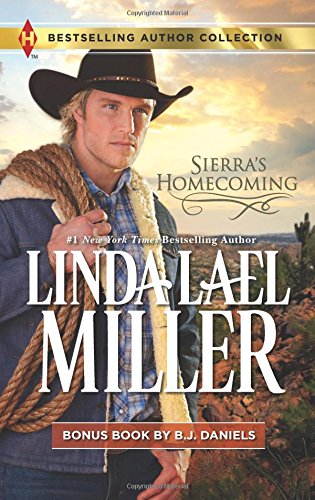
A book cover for Sierra's Homecoming: Montana Royalty; B.J. Daniels; Romance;